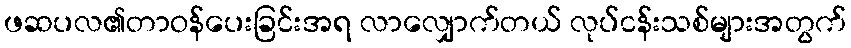
ဖဆပလ၏တာဝန်ပေးခြင်းအရ လာလျှောက်တယ် လုပ်ငန်းသစ်များအတွက်